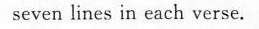
seven lines in each verse.